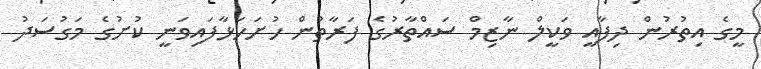
މީގެ އިތުރުން ދިފާއީ ވަކީލް ނާޒިމް ސައްތާރުގެ ފަރާތުން ހުށަހަޅާފައިވަނީ ކުށުގެ މަގުސަދު